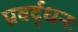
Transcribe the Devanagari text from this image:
प्रवर्द्धनः